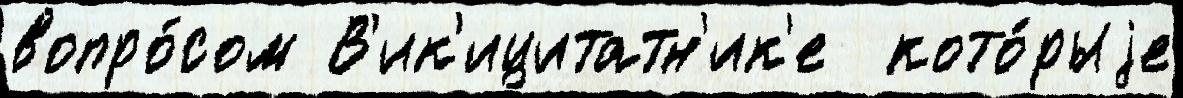
вопро́сом В'ик'ицитатн'ик'е  кото́рыjе